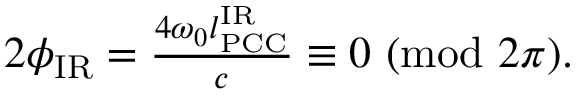
\begin{array} { r } { 2 \phi _ { \mathrm { I R } } = \frac { 4 \omega _ { 0 } l _ { \mathrm { P C C } } ^ { \mathrm { I R } } } { c } \equiv 0 \ ( \mathrm { m o d } \ 2 \pi ) . } \end{array}